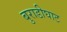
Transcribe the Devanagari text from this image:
बुराडीघाट